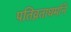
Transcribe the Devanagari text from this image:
पतिव्रताधर्माने